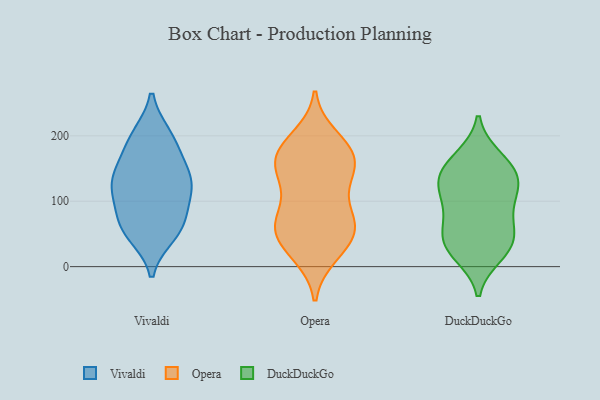
{"axis": {"x": "Headcount", "y": "Value"}, "legend": ["DuckDuckGo", "Opera", "Vivaldi"], "data": [{"x": "", "y": 50, "type": "Vivaldi"}, {"x": "", "y": 143, "type": "Vivaldi"}, {"x": "", "y": 139, "type": "Vivaldi"}, {"x": "", "y": 197, "type": "Vivaldi"}, {"x": "", "y": 133, "type": "Vivaldi"}, {"x": "", "y": 118, "type": "Vivaldi"}, {"x": "", "y": 120, "type": "Vivaldi"}, {"x": "", "y": 102, "type": "Vivaldi"}, {"x": "", "y": 180, "type": "Vivaldi"}, {"x": "", "y": 63, "type": "Vivaldi"}, {"x": "", "y": 63, "type": "Vivaldi"}, {"x": "", "y": 199, "type": "Vivaldi"}, {"x": "", "y": 62, "type": "Vivaldi"}, {"x": "", "y": 80, "type": "Opera"}, {"x": "", "y": 135, "type": "Opera"}, {"x": "", "y": 198, "type": "Opera"}, {"x": "", "y": 49, "type": "Opera"}, {"x": "", "y": 19, "type": "Opera"}, {"x": "", "y": 186, "type": "Opera"}, {"x": "", "y": 163, "type": "Opera"}, {"x": "", "y": 156, "type": "Opera"}, {"x": "", "y": 132, "type": "Opera"}, {"x": "", "y": 18, "type": "Opera"}, {"x": "", "y": 74, "type": "Opera"}, {"x": "", "y": 135, "type": "Opera"}, {"x": "", "y": 87, "type": "Opera"}, {"x": "", "y": 54, "type": "Opera"}, {"x": "", "y": 181, "type": "Opera"}, {"x": "", "y": 41, "type": "Opera"}, {"x": "", "y": 166, "type": "Opera"}, {"x": "", "y": 59, "type": "Opera"}, {"x": "", "y": 59, "type": "Opera"}, {"x": "", "y": 169, "type": "Opera"}, {"x": "", "y": 18, "type": "DuckDuckGo"}, {"x": "", "y": 124, "type": "DuckDuckGo"}, {"x": "", "y": 39, "type": "DuckDuckGo"}, {"x": "", "y": 37, "type": "DuckDuckGo"}, {"x": "", "y": 20, "type": "DuckDuckGo"}, {"x": "", "y": 128, "type": "DuckDuckGo"}, {"x": "", "y": 49, "type": "DuckDuckGo"}, {"x": "", "y": 50, "type": "DuckDuckGo"}, {"x": "", "y": 167, "type": "DuckDuckGo"}, {"x": "", "y": 129, "type": "DuckDuckGo"}, {"x": "", "y": 165, "type": "DuckDuckGo"}, {"x": "", "y": 141, "type": "DuckDuckGo"}, {"x": "", "y": 102, "type": "DuckDuckGo"}, {"x": "", "y": 84, "type": "DuckDuckGo"}, {"x": "", "y": 85, "type": "DuckDuckGo"}, {"x": "", "y": 143, "type": "DuckDuckGo"}]}